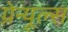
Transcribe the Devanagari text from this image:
ग्रेन्यूल्स